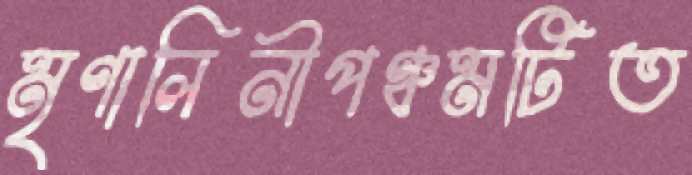
মৃণালিনীপঞ্চমটিত